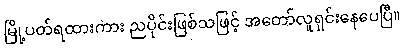
မြို့ပတ်ရထားကား ညပိုင်းဖြစ်သဖြင့် အတော်လူရှင်းနေပေပြီ။